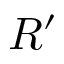
R ^ { \prime }